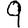
Digit: 9